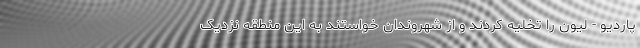
پاردیو - لیون را تخلیه کردند و از شهروندان خواستند به این منطقه نزدیک